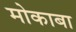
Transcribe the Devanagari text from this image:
मोकाबा